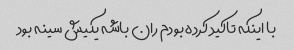
با اینکه تاکید کرده بودم ران باشه یکیش سینه بود